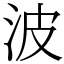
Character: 波